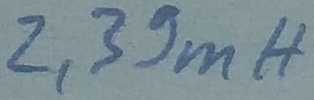
Text: 2,39mH